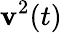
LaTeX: \mathbf{v}^{2}(t)